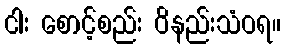
ငါး စောင့်စည်း ဝိနည်းသံဝရ။